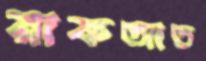
রাকআত